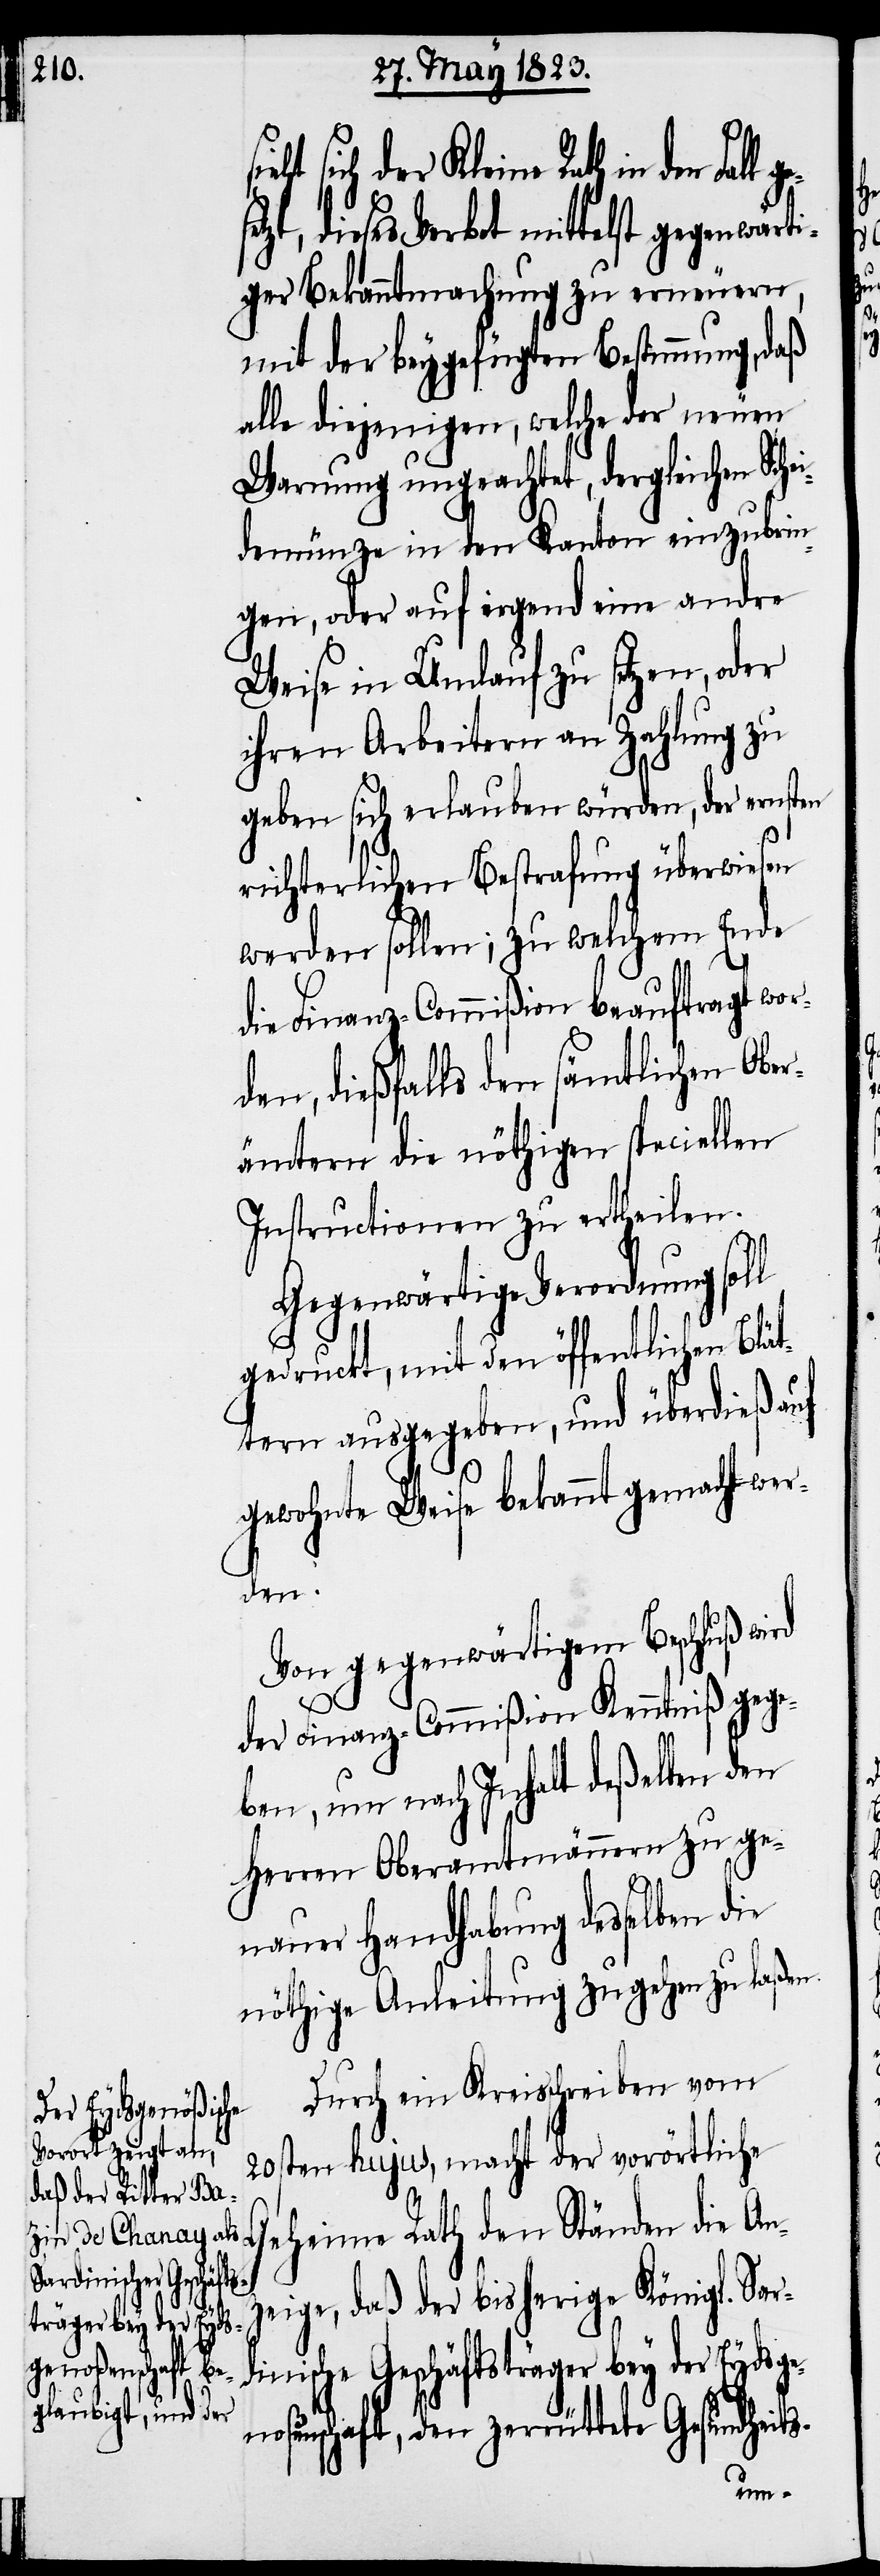
ht sich der Kleine Rath in den
etzt, dieses Verbot mittelst gegenwärti¬
ger Bekanntmachung zu erneuern,
mit der beygefügten Bestimmung, daß
alle diejenigen, welche der neuen
Warnung ungeachtet, dergleichen Sch¬
demünze in den Kanton einzubrin¬
gen, oder auf irgend eine andre
Weise in Umlauf zu setzen, oder
ihren Arbeitern an Zahlung zu
geben sich erlauben würden, der ernsten
richterlichen Bestrafung überwiesen
werden sollen; zu welchem Ende
die Finanz-Commißion beauftragt wor¬
den, dießfalls den sämtlichen Obe¬
rämtern die nöthigen speciellen
Instructionen zu ertheilen.
Gegenwärtige Verordnung soll
gedruckt, mit den öffentlichen Blät¬
tern ausgegeben, und überdieß auf
gewohnte Weise bekannt gemacht wer¬
den.
Von gegenwärtigem Beschluß
der Finanz-Commißion Kenntniß gege¬
ben, um nach Inhalt deßelben den
Herren Oberamtmännern zu ge¬
nauer Handhabung desselben
nöthige Anleitung zugehen zu laßen.
Durch ein Kreisschreiben vom
20sten hujus, macht der vorörtliche
Geheime Rath den Ständen die An¬
zeige, daß der bisherige Königl. Sar¬
dinische Geschäftsträger bey der Eydsge¬
noßenschaft, den zerrüttete Gesundheit¬
s-